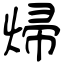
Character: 㷌